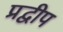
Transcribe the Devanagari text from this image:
प्रद्वीप